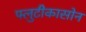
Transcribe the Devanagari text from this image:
फ्लुटीकासोन